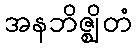
အနဘိဇ္ဈိတံ